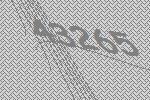
43265